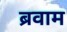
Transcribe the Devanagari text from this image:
ब्रवाम